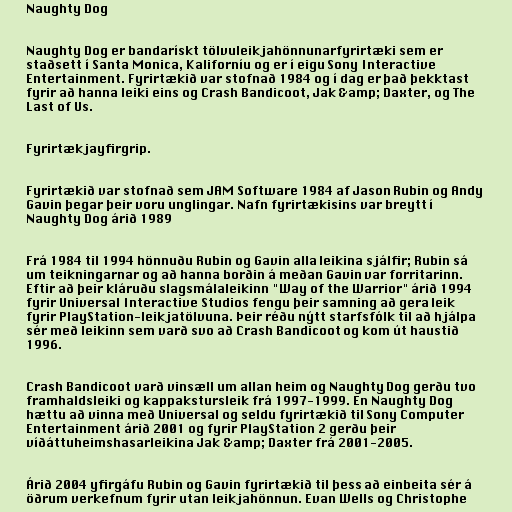
Naughty Dog

Naughty Dog er bandarískt tölvuleikjahönnunarfyrirtæki sem er
staðsett í Santa Monica, Kaliforníu og er í eigu Sony Interactive
Entertainment. Fyrirtækið var stofnað 1984 og í dag er það þekktast
fyrir að hanna leiki eins og Crash Bandicoot, Jak &amp; Daxter, og The
Last of Us.

Fyrirtækjayfirgrip.

Fyrirtækið var stofnað sem JAM Software 1984 af Jason Rubin og Andy
Gavin þegar þeir voru unglingar. Nafn fyrirtækisins var breytt í
Naughty Dog árið 1989

Frá 1984 til 1994 hönnuðu Rubin og Gavin alla leikina sjálfir; Rubin sá
um teikningarnar og að hanna borðin á meðan Gavin var forritarinn.
Eftir að þeir kláruðu slagsmálaleikinn "Way of the Warrior" árið 1994
fyrir Universal Interactive Studios fengu þeir samning að gera leik
fyrir PlayStation-leikjatölvuna. Þeir réðu nýtt starfsfólk til að hjálpa
sér með leikinn sem varð svo að Crash Bandicoot og kom út haustið
1996.

Crash Bandicoot varð vinsæll um allan heim og Naughty Dog gerðu tvo
framhaldsleiki og kappakstursleik frá 1997-1999. En Naughty Dog
hættu að vinna með Universal og seldu fyrirtækið til Sony Computer
Entertainment árið 2001 og fyrir PlayStation 2 gerðu þeir
víðáttuheimshasarleikina Jak &amp; Daxter frá 2001-2005.

Árið 2004 yfirgáfu Rubin og Gavin fyrirtækið til þess að einbeita sér á
öðrum verkefnum fyrir utan leikjahönnun. Evan Wells og Christophe